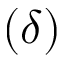
( \delta )